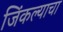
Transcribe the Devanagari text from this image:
जिंकल्याचा